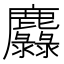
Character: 𪋵